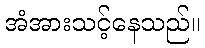
အံအားသင့်နေသည်။